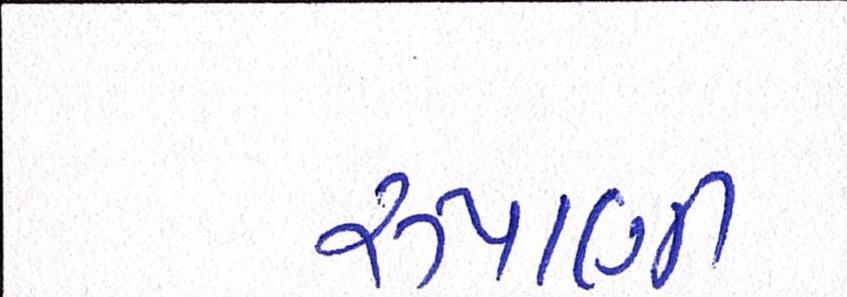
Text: રુપાણી